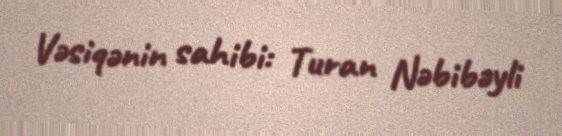
Vəsiqənin sahibi: Turan Nəbibəyli